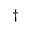
\dagger